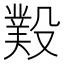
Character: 𣪻